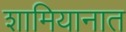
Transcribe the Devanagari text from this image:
शामियानात